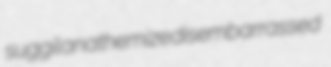
suggil anathemize disembarrassed